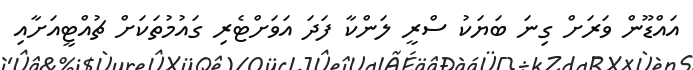
އައްޑޫން ވަރަށް ގިނަ ބަޔަކު ސްރީ ލަންކާ ފަދަ އަވަށްޓެރި ގައުމުތަކަށް ޗުއްޓީއަށާއި